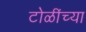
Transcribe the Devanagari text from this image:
टोळींच्या